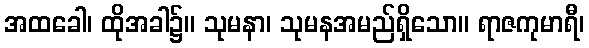
အထခေါ၊ ထိုအခါ၌။ သုမနာ၊ သုမနအမည်ရှိသော။ ရာဇကုမာရီ၊